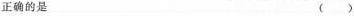
正确的是 ( )